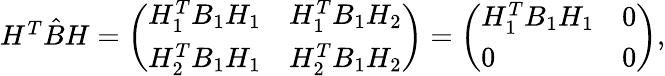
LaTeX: \begin{array}{r}{H^{T}\hat{B}H=\left(\begin{array}{ll}{H_{1}^{T}B_{1}H_{1}}&{H_{1}^{T}B_{1}H_{2}}\\ {H_{2}^{T}B_{1}H_{1}}&{H_{2}^{T}B_{1}H_{2}}\end{array}\right)=\left(\begin{array}{ll}{H_{1}^{T}B_{1}H_{1}}&{0}\\ {0}&{0}\end{array}\right),}\end{array}